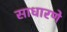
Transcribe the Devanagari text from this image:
साधारणे